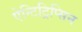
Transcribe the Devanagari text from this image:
ऐन्टिट्रिप्सिन